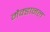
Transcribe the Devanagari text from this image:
मैक्डानल